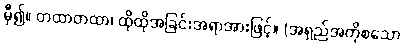
မှီ၍။ တထာတထာ၊ ထိုထိုအခြင်းအရာအားဖြင့်။ (အရှည်အတိုစသော